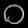
Digit: ၀